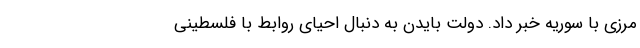
مرزی با سوریه خبر داد. دولت بایدن به دنبال احیای روابط با فلسطینی